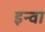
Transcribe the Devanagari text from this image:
इन्वा